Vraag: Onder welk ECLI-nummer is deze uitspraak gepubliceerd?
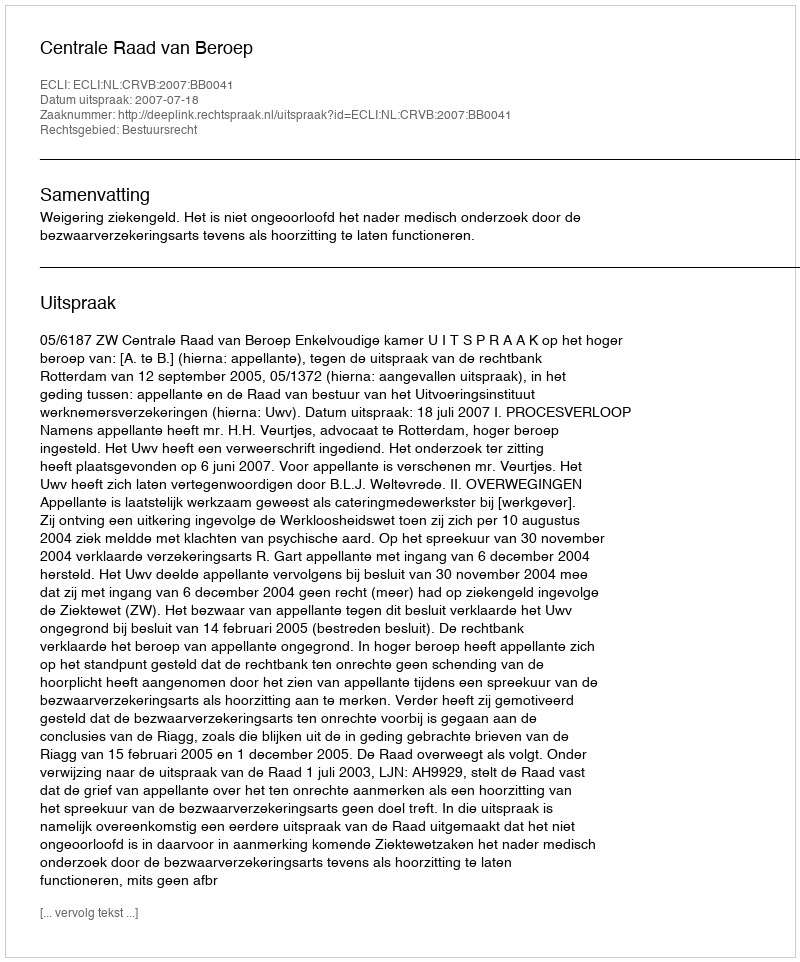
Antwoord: ECLI:NL:CRVB:2007:BB0041